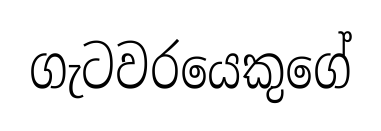
ගැටවරයෙකුගේ